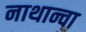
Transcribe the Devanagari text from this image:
नाथान्चा